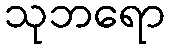
သုဘရော